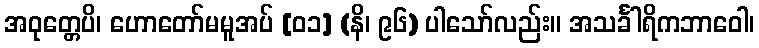
အဝုတ္တေပိ၊ ဟောတော်မမူအပ် [၀၁] (နိ၊ ၉၆) ပါသော်လည်း။ အသင်္ခါရိကဘာဝေါ၊